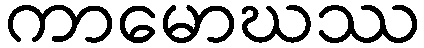
ကာမောဃဿ